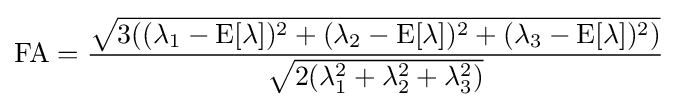
\mathrm {FA} ={\frac {\sqrt {3((\lambda _{1}-\operatorname {E} [\lambda ])^{2}+(\lambda _{2}-\operatorname {E} [\lambda ])^{2}+(\lambda _{3}-\operatorname {E} [\lambda ])^{2})}}{\sqrt {2(\lambda _{1}^{2}+\lambda _{2}^{2}+\lambda _{3}^{2})}}}